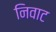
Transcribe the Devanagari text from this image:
निवाट